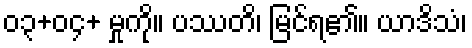
၀၃+၀၄+ မှုကို။ ပဿတိ၊ မြင်ရ၏။ ယာဒိသံ၊